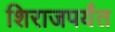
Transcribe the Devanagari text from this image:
शिराजपर्यंत